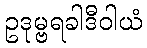
ဥဒုမ္ဗရခါဒီဝါယံ